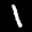
Label: 1